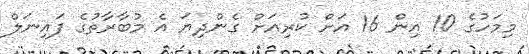
މިމަހުގެ 10 އިން 16 އަށް ކުރިއަށް ގެންދިޔަ އެ މުބާރާތުގެ ފައިނަލް